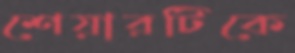
শেয়ারটিকে